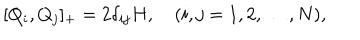
[ Q _ { i } , Q _ { j } ] _ { + } = 2 \delta _ { i j } H , \quad ( i , j = 1 , 2 , \ldots , N ) ,